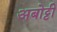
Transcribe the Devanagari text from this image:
अबोट्टी